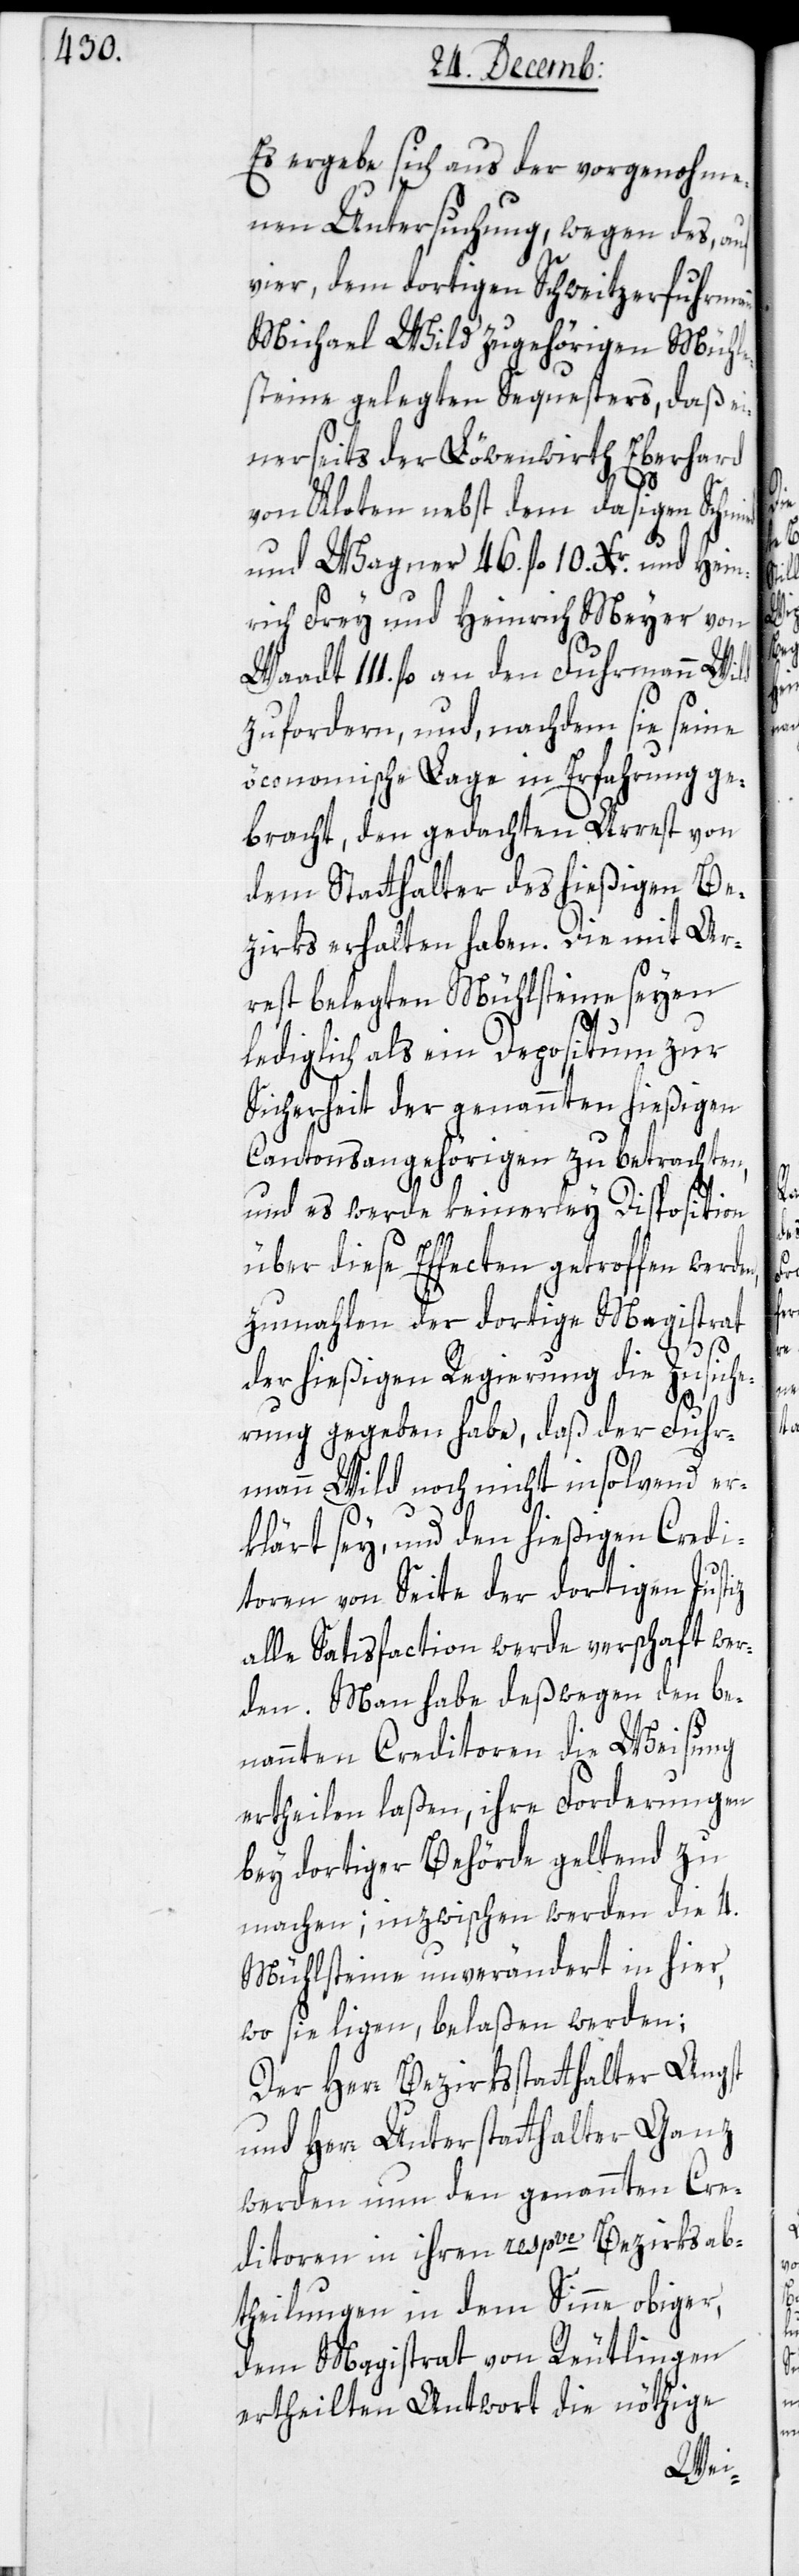
Es ergebe sich aus der vorgenohme¬
nen Untersuchung wegen des, auf
vier dem dortigen Schweitzerfuhrm¬
Michael Wild zugehörigen Mühle¬
steine gelegten Sequesters, daß ei¬
nerseits der Löwenwirth Eberhard
von Kloten nebst dem dasigen Schmi¬
und Wagner 46. fl. 10. Xr., und Hein¬
rich Frey und Heinrich Meyer von
Waadt 111 fl. an den Fuhrmann Wild
zu fordern, und, nachdem sie seine
öconomische Lage in Erfahrung ge¬
bracht, den gedachten Arrest von
dem Statthalter des hießigen Be¬
zirks erhalten haben. Die mit Ar¬
rest belegten Mühlsteinen seyen
lediglich als ein Depositum zur
Sicherheit der genannten hießigen
Cantonsangehörigen zu betrachten,
und es werde keinerley Disposition
über diese Effecten getroffen werden,
zumahlen der dortige Magistrat
ed
der hießigen Regierung die Zusiche¬
ann
rung ergeben habe, daß der Fuhr¬
mann Wild noch nicht insolvend er¬
klärt sey, und den hießigen Credi¬
toren von Seite der dortigen Justiz
alle Satisfaction werde verschafft wer¬
den. Man habe deßwegen den be¬
nannten Creditoren die Weisung
ertheilen laßen, ihre Forderungen
bey dortiger Behörde geltend zu
machen; inzwischen werden die 4.
Mühlsteine unverändert in hier,
wo sie liegen, belaßen werden;
Der Herr Bezirksstatthalter Angst
und Herr Unterstatthalter Ganz
werden nun den genannten Cre¬
ditoren in ihren respve Bezirksab¬
theilungen in dem Sinne obiger,
dem Magistrat von Reutlingen
ertheilten Antwort die nöthige